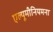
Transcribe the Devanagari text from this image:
एल्यूमीनियमना